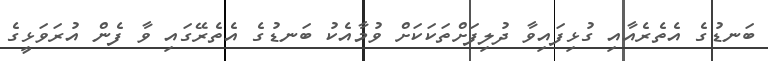
ބަނޑުގެ އެތެރެއާއި ގުޅިފައިވާ ދުލިފަށްތަކަކަށް ވުމާއެކު ބަނޑުގެ އެތެރޭގައި ވާ ފެން އުރަވަޅީގެ